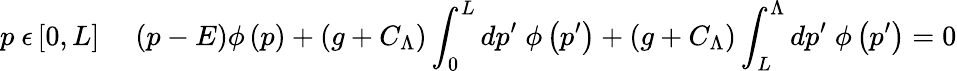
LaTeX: p\ \epsilon\left[0,L\right]\; \; \; \; \left(p-E\right)\phi\left(p\right)+\left(g+C_{\Lambda}\right)\int_{0}^{L}dp^{\prime}\; \phi\left(p^{\prime}\right)+\left(g+C_{\Lambda}\right)\int_{L}^{\Lambda}dp^{\prime}\; \phi\left(p^{\prime}\right)=0